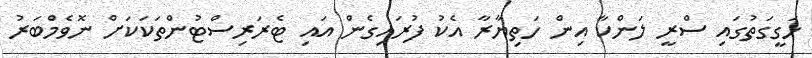
ހަގީގަތުގައި ސްރީ ލަންކާ އިން ހަތިޔާރާ އެކު ފުރައިގެން އައި ޓެރަރިސްޓުންތަކަކަށް ނޮވެމްބަރު